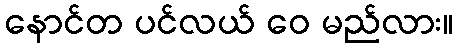
နောင်တ ပင်လယ် ဝေ မည်လား။